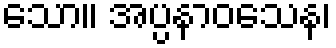
သော။ အပ္ပနာဝသေန၊